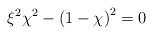
LaTeX: \begin{align*}\xi^{2}\chi^{2}-\left( 1-\chi\right) ^{2}=0 \end{align*}